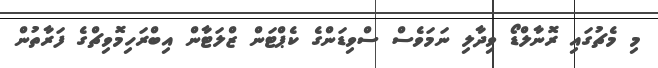
މި މެޗުގައި ރޮނާލްޑޯ ވިދާލި ނަމަވެސް ސްވިޑަންގެ ކެޕްޓަން ޒްލަޓާން އިބްރަހިމޮވިޗްގެ ފަރާތުން